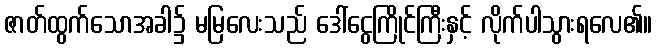
ဇာတ်ထွက်သောအခါ၌ မမြလေးသည် ဒေါ်ငွေကြိုင်ကြီးနှင့် လိုက်ပါသွားရလေ၏။